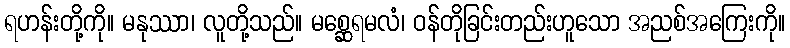
ရဟန်းတို့ကို။ မနုဿာ၊ လူတို့သည်။ မစ္ဆေရမလံ၊ ဝန်တိုခြင်းတည်းဟူသော အညစ်အကြေးကို။